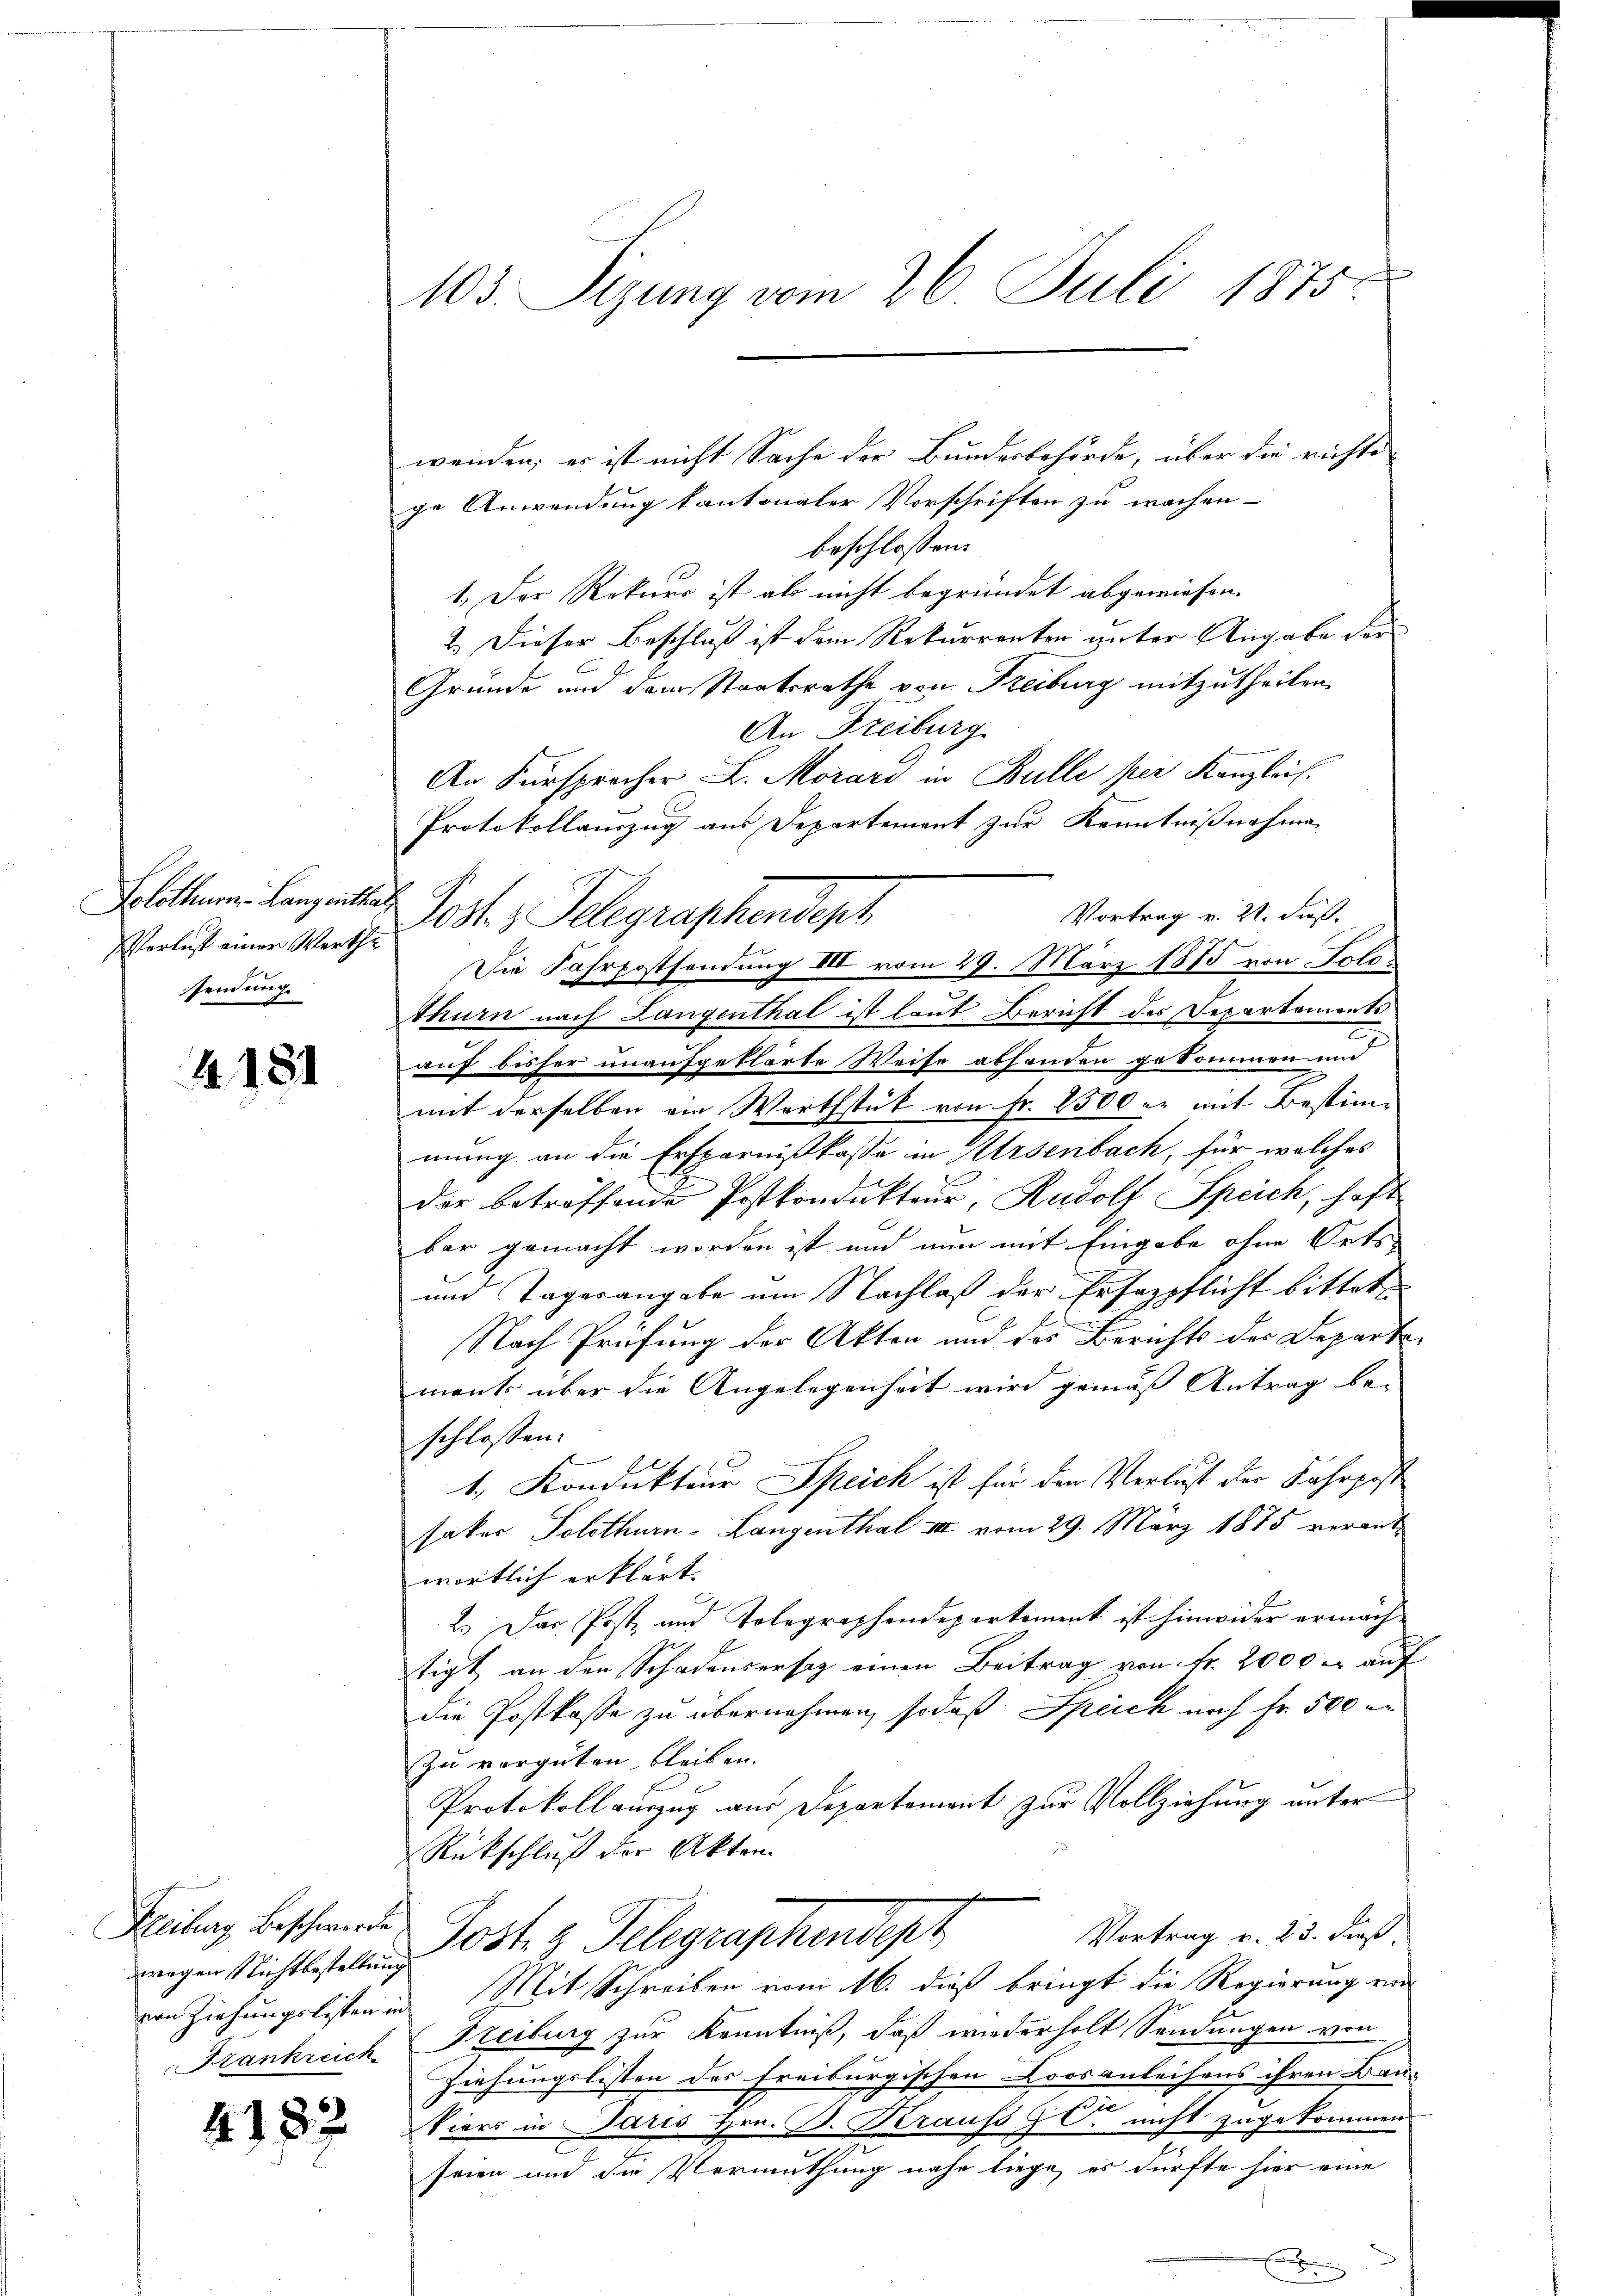
Vorlest einer Werthe
sendung.

44. 181

wenden, es ist nicht Sache der Bundesbehörde, über die richte
ge Anwendung kantonaler Vorschriften zu wachen-
beschlossen:
1.) Der Rekurs ist als nicht begründet abgewiesen.
2.) Dieser Beschluß ist dem Rekurrenter unter Angabe der
6
Gründe und dem Staatsrathe von Freiburg mitzutheilen.
An Freiburg.
An Fürsprocher L. Morars in Bulle per Kanzlei.
Protokollauszug aus Departement zur Kenntnißnahme
Solothurn. Lanzentag Post.  Telegraphendept
Vortrag v. 21. dieß.
Die Fahrpostsendung III vom 29. März 1875 von Solothurn nach Langenthal ist laut Bericht des Departamente
auf bisher unaufgeklärte Weise abhanden gekommen und
mit derselben ein Werthstück von Fr. 2500 r. mit Bestimmung an die Ersparnißkasse in Arsenbach, für welches
der betreffende Postkondukteur, Rudolf Speich, haft
bar gemacht worden ist und nun mit Eingabe ohne Orts
und Tagesangabe um Nachlaß der Ersazpflicht bitteten
Nach Prüfung der Akten und des Berichts des Departe
ment über die Angelegenheit wird gemäß Antrag be-
schlossen:
1. Kondukteur Speich ist für den Verlust der Fahrpost
saker Solothurn-Langenthal III vom 29. März 1875 verantwörtlich erklärt. |
2.) Das Post- und Telegraphendepartement ist hinwider ermächtigt an den Schadensersaz einen Beitrag von Fr. 2000 - auf
die Postkasse zu übernehmen, sodaß Speich nach Fr. 500 re
Zu vergüten bleiben.
Protokoll auszug aus Departement zur Vollziehung unter
Rückschluß der Akten.
c
Vortrag v. 23. dieß,
Post. g. Telegraphendest
von Ziehungslisten und Mit Schreiben vom 16. dieß bringt die Regierung ein
Freiburg zur Kenntniß, daß wiederholt Sendungen von
Ziehungslisten des Freiburgischen Loosanleihens ihren Bau-
Viers in Paris Hrn. B. Krauss G C. nicht zugekommen
m
seien und die Vermuthung nahe liege, es dürfte hier eine

Freiburg Beschwerde
wegen Nichtbestellung
Krankreich

4182

103. Sizung vom 26. Juli 1875.